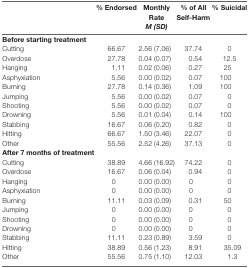
<table><thead><tr><td></td><td><b>% Endorsed</b></td><td><b>Monthly Rate <i>M (SD)</i></b></td><td><b>% of All Self-Harm</b></td><td><b>% Suicidal</b></td></tr></thead><tbody><tr><td><b>Before starting treatment</b></td></tr><tr><td>Cutting</td><td>66.67</td><td>2.56 (7.06)</td><td>37.74</td><td>0</td></tr><tr><td>Overdose</td><td>27.78</td><td>0.04 (0.07)</td><td>0.54</td><td>12.5</td></tr><tr><td>Hanging</td><td>1.11</td><td>0.02 (0.06)</td><td>0.27</td><td>25</td></tr><tr><td>Asphyxiation</td><td>5.56</td><td>0.00 (0.02)</td><td>0.07</td><td>100</td></tr><tr><td>Burning</td><td>27.78</td><td>0.14 (0.36)</td><td>1.09</td><td>100</td></tr><tr><td>Jumping</td><td>5.56</td><td>0.00 (0.02)</td><td>0.07</td><td>0</td></tr><tr><td>Shooting</td><td>5.56</td><td>0.00 (0.02)</td><td>0.07</td><td>0</td></tr><tr><td>Drowning</td><td>5.56</td><td>0.01 (0.04)</td><td>0.14</td><td>100</td></tr><tr><td>Stabbing</td><td>16.67</td><td>0.06 (0.20)</td><td>0.82</td><td>0</td></tr><tr><td>Hitting</td><td>66.67</td><td>1.50 (3.46)</td><td>22.07</td><td>0</td></tr><tr><td>Other</td><td>55.56</td><td>2.52 (4.26)</td><td>37.13</td><td>0</td></tr><tr><td><b>After 7 months of treatment</b></td></tr><tr><td>Cutting</td><td>38.89</td><td>4.66 (16.92)</td><td>74.22</td><td>0</td></tr><tr><td>Overdose</td><td>16.67</td><td>0.06 (0.04)</td><td>0.94</td><td>0</td></tr><tr><td>Hanging</td><td>0</td><td>0.00 (0.00)</td><td>0</td><td>0</td></tr><tr><td>Asphyxiation</td><td>0</td><td>0.00 (0.00)</td><td>0</td><td>0</td></tr><tr><td>Burning</td><td>11.11</td><td>0.03 (0.09)</td><td>0.31</td><td>50</td></tr><tr><td>Jumping</td><td>0</td><td>0.00 (0.00)</td><td>0</td><td>0</td></tr><tr><td>Shooting</td><td>0</td><td>0.00 (0.00)</td><td>0</td><td>0</td></tr><tr><td>Drowning</td><td>0</td><td>0.00 (0.00)</td><td>0</td><td>0</td></tr><tr><td>Stabbing</td><td>11.11</td><td>0.23 (0.89)</td><td>3.59</td><td>0</td></tr><tr><td>Hitting</td><td>38.89</td><td>0.56 (1.23)</td><td>8.91</td><td>35.09</td></tr><tr><td>Other</td><td>55.56</td><td>0.75 (1.10)</td><td>12.03</td><td>1.3</td></tr></tbody></table>